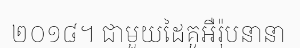
២០១៨។ ជាមួយដៃគូអឺរ៉ុបនានា